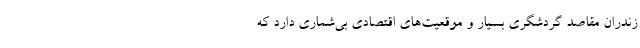
زندران مقاصد گردشگری بسیار و موقعیت‌­های اقتصادی بی­‌شماری دارد که